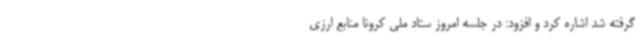
گرفته شد اشاره کرد و افزود: در جلسه امروز ستاد ملی کرونا منابع ارزی